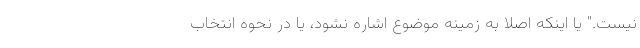
نیست." یا اینکه اصلا به زمینه موضوع اشاره نشود، یا در نحوه‌ انتخاب